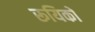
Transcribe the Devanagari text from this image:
रूयिको